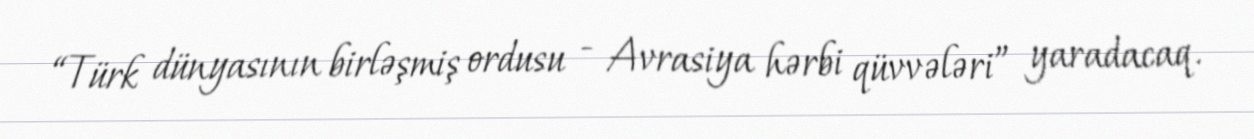
“Türk dünyasının birləşmiş ordusu - Avrasiya hərbi qüvvələri” yaradacaq.